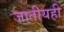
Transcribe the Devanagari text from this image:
जातीयही